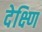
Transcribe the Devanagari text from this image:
देक्ष्णि